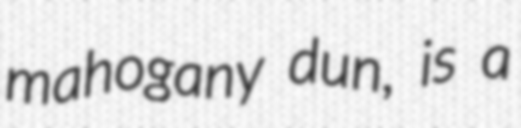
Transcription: mahogany dun, is a